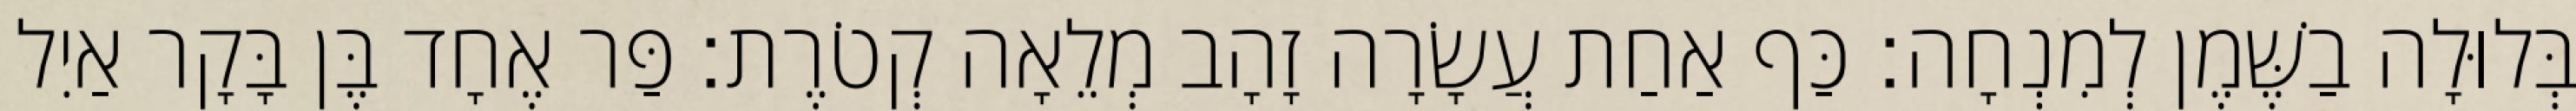
בְּלוּלָה בַשֶּׁמֶן לְמִנְחָה׃ כַּף אַחַת עֲשָׂרָה זָהָב מְלֵאָה קְטֹרֶת׃ פַּר אֶחָד בֶּן בָּקָר אַיִל